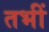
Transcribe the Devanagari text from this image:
तभीं